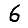
Digit: 6